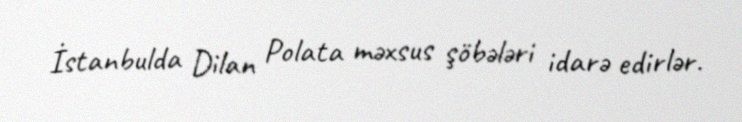
İstanbulda Dilan Polata məxsus şöbələri idarə edirlər.